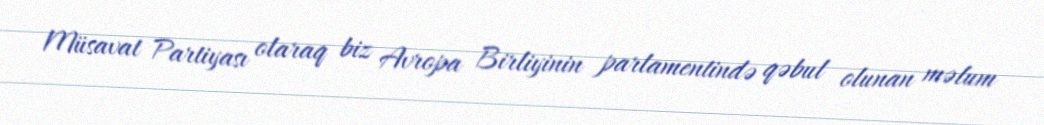
Müsavat Partiyası olaraq biz Avropa Birliyinin parlamentində qəbul olunan məlum